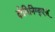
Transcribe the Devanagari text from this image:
दोमिनिग्युएज़्